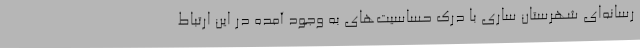
رسانه‌ای شهرستان ساری با درک حساسیت‌های به وجود آمده در این ارتباط